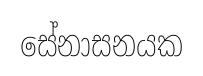
සේනාසනයක